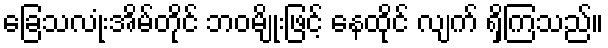
ခြေသလုံးအိမ်တိုင် ဘဝမျိုးဖြင့် နေထိုင် လျက် ရှိကြသည်။